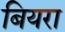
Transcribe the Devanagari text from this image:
बियरा